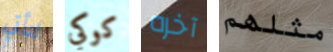
لنأتي كوكي آخره مثلهم